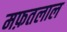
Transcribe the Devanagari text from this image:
मफ़तलाल